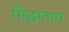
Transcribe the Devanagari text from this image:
सिद्धांतपर